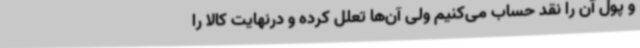
و پول آن را نقد حساب می‌کنیم ولی آن‌ها تعلل کرده و درنهایت کالا را